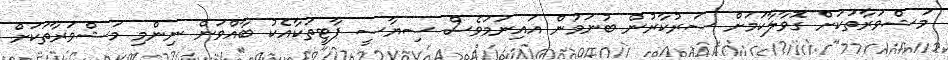
މަޝްވަރާތަކަށް ގޮވާލާކަމަށް ސަރުކާރުން ބުނަމުން އައިނަމަވެސް ސިޔާސީ ޕާޓީތަކާއެކު ބާއްވަން ނިންމި މަޝްވަރާތަކަށް